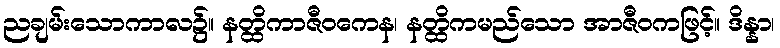
ညချမ်းသောကာလ၌။ နတ္ထိကာဇီဝကေန၊ နတ္ထိကမည်သော အာဇီဝကဖြင့်။ ဒိန္နာ၊